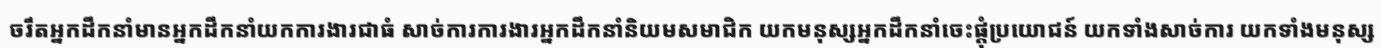
ចរឹតអ្នកដឹកនាំមានអ្នកដឹកនាំយកការងារជាធំ សាច់ការការងារអ្នកដឹកនាំនិយមសមាជិក យកមនុស្សអ្នកដឹកនាំចេះផ្តុំប្រយោជន៍ យកទាំងសាច់ការ យកទាំងមនុស្ស